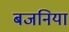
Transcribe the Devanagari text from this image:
बजनिया